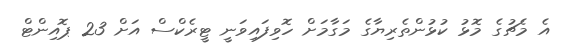
އެ މެޗުގެ މޮޅު ކުޅުންތެރިޔާގެ މަގާމަށް ހޮވިފައިވަނީ ޓީރެކްސް އަށް 23 ޕޮއިންޓް